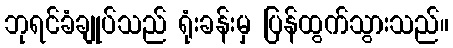
ဘုရင်ခံချုပ်သည် ရုံးခန်းမှ ပြန်ထွက်သွားသည်။